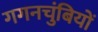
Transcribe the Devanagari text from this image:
गगनचुंबियों